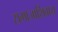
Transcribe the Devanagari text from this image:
समाजाशिवाय